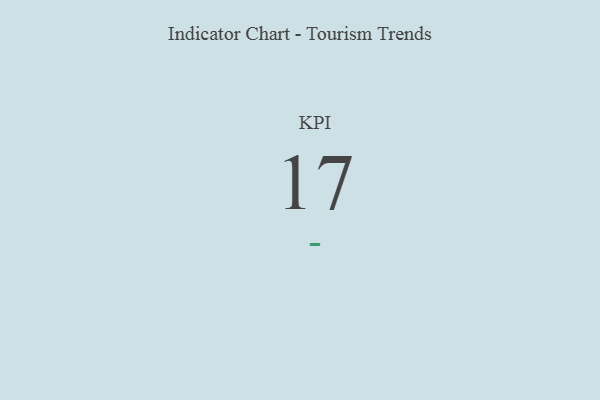
{"axis": {"x": "KPI", "y": "Value"}, "legend": [""], "data": [{"x": "KPI", "y": 17, "type": ""}]}